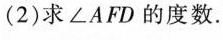
(2)求∠AFD的度数。